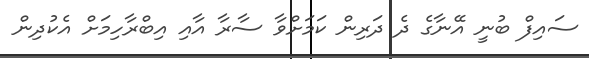
ސައިފް ބުނީ އޭނާގެ ދެ ދަރިން ކަމަށްވާ ސާރާ އާއި އިބްރާހިމަށް އެކުދިން